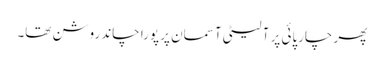
پھر چارپائی پر آ لیٹی آسمان پر پورا چاند روشن تھا۔